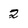
Character: 2